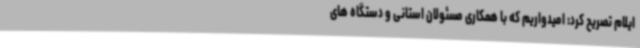
ایلام تصریح کرد: امیدواریم که با همکاری مسئولان استانی و دستگاه های